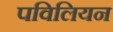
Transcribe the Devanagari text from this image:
पविलियन